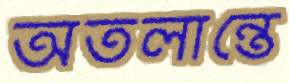
অতলান্তে